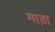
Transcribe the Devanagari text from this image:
माड़ा